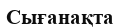
Сығанақта